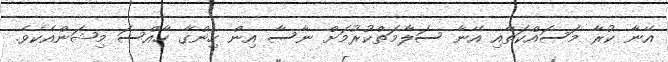
އޭނާ ކުރާ މަސައްކަތާއި އޭނާ ސަލާމަތްކުރުމަށް ނާސާ އިން ހިންގާ ހާއްސަ މިޝަންއެކެވެ.